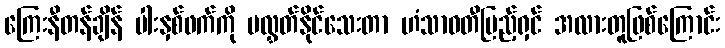
ကြေးနီတန်ချိန် ပါးနှစ်ဖက်ကို မလွှတ်နိုင်သေးတာ ဟံသာဝတီပြည့်ရှင် အလားတူဖြစ်ကြောင်း